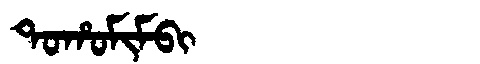
Manchu: ᡨᠣᡥᠣᠮᡳᠮᠪᡳ
Romanization: TOHOMIMBI